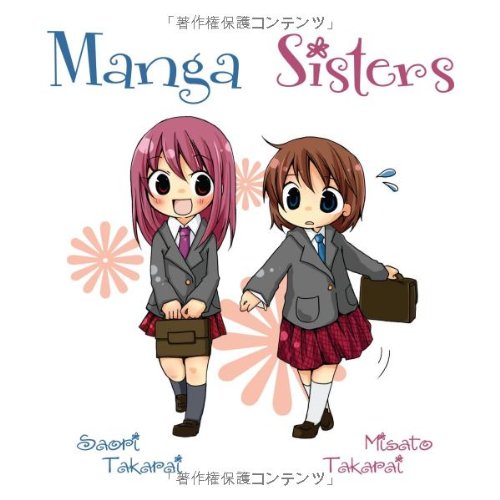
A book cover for Manga Sisters; Saori Takarai; Comics & Graphic Novels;